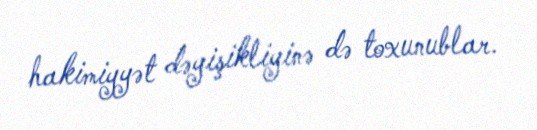
hakimiyyət dəyişikliyinə də toxunublar.